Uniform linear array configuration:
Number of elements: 64
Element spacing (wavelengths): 0.75
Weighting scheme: kaiser
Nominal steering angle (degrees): -30
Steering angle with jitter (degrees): -29.407
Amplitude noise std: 0.05
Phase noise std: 0.05

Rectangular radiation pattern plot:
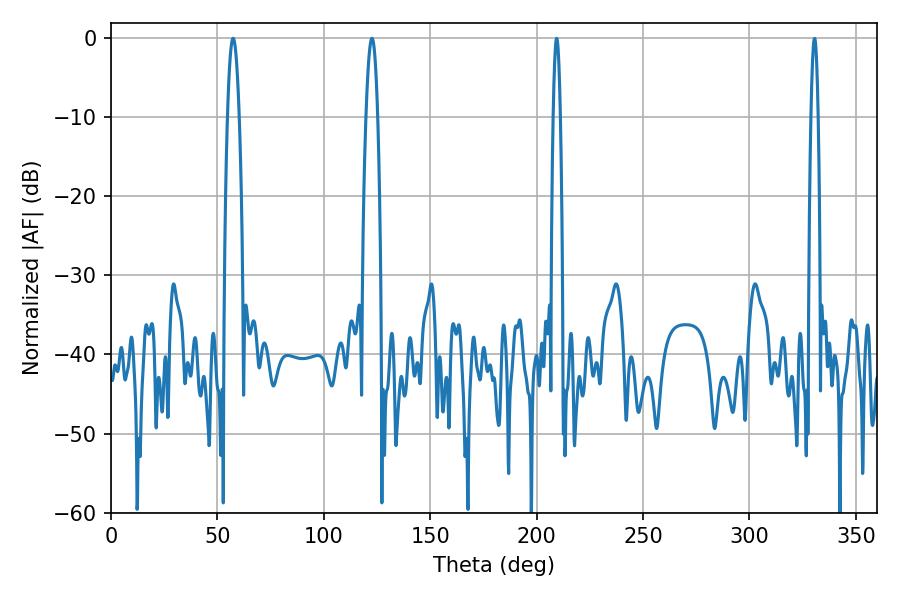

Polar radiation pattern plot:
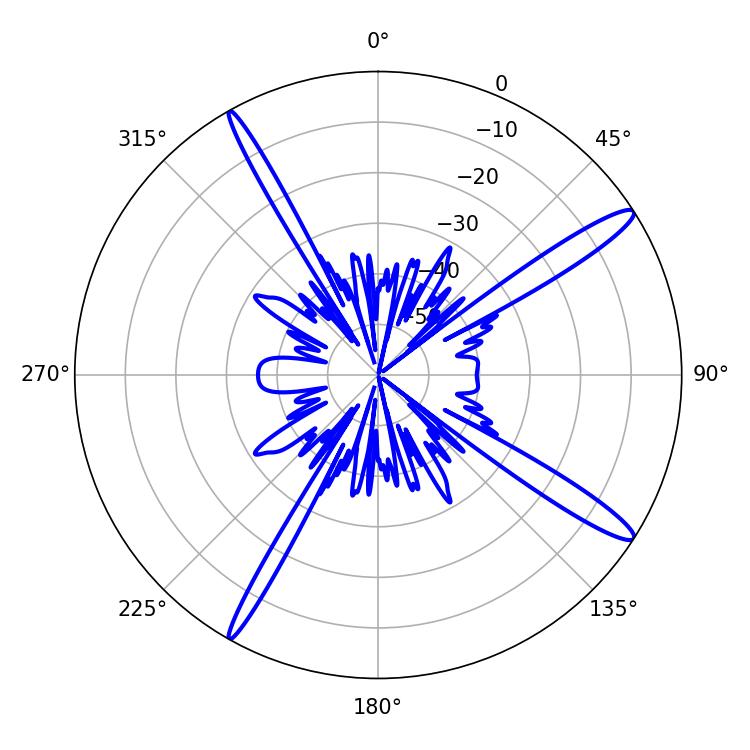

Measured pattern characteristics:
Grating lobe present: TRUE
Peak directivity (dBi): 15.088
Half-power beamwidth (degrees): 2.88
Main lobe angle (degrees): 57.42